Report on horse surra - Volume I
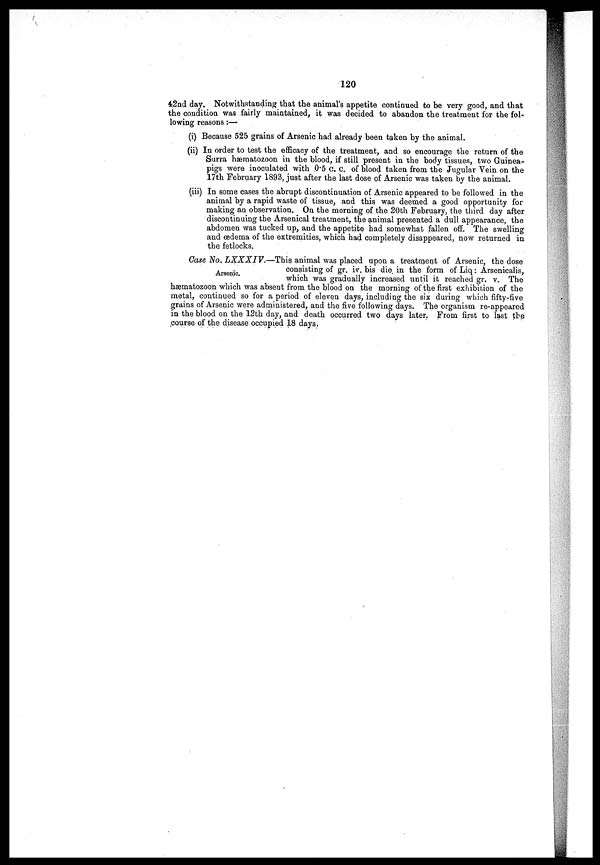
120
42nd day. Notwithstanding that the animal's appetite continued to be very good, and that
the condition was fairly maintained, it was decided to abandon the. treatment for the fol-
lowing reasons:—
(i) Because 525 grains of Arsenic had already been taken by the animal.
(ii) In order to test the efficacy of the treatment, and so encourage the return of the
Surra hæmatozoon in the blood, if still present in the body tissues, two Guinea-
pigs were inoculated with .0.5 c. C. of blood taken from the Jugular Vein on the
17th February 1893, just after the last dose of Arsenic was taken by the animal.
(iii) In some cases the abrupt discontinuation of Arsenic appeared to be followed in the
animal by a rapid waste of tissue, and this was deemed a good opportunity for
making an observation. On the morning of the 20th February, the third day after
discontinuing the Arsenical treatment, the animal presented a dull appearance, the
abdomen was tucked up, and the appetite had somewhat fallen off. The swelling
and œdema of the extremities, which had completely disappeared, now returned in
the fetlocks.
Arsenic.
Case No. LXXXIV.—This animal was placed upon a treatment of Arsenic, the dose
consisting of gr. iv. bis die. in the form of Liq : Arsenicalis,
which was gradually increased until it reached gr. v. The
hæmatozoon which was absent from the blood on the morning of the first exhibition of the
metal, continued so for a period of eleven days, including the six during which fifty-five
grains of Arsenic were administered, and the five following days. The organism re-appeared
in the blood on the 12th day, and death occurred two days later. From first to last the
course of the disease occupied 18 days.